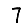
Digit: 7